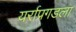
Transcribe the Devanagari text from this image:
यर्राप्रगडला